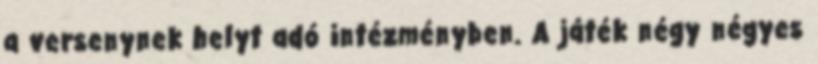
a versenynek helyt adó intézményben. A játék négy négyes